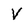
Character: V